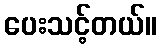
ပေးသင့်တယ်။